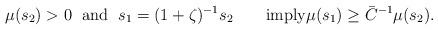
LaTeX: \begin{align*}\mu(s_2)>0\;\mbox{ and } \;s_1= (1+\zeta)^{-1}s_2\qquad\mbox{imply}\mu(s_1)\ge {\bar C}^{-1} \mu(s_2).\end{align*}